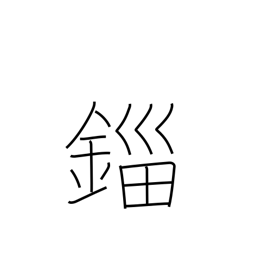
Meaning: unit of weight